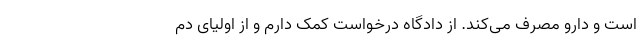
است و دارو مصرف می‌کند. از دادگاه درخواست کمک دارم و از اولیای دم